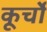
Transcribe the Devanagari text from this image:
कूर्चो